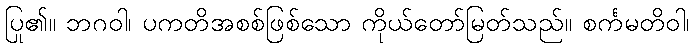
ပြု၏။ ဘဂဝါ၊ ပကတိအစစ်ဖြစ်သော ကိုယ်တော်မြတ်သည်။ စင်္ကမတိဝါ၊